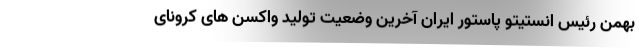
بهمن رئیس انستیتو پاستور ایران آخرین وضعیت تولید واکسن های کرونای